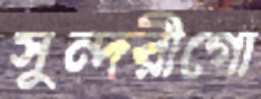
সুন্দরীগো